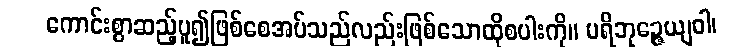
ကောင်းစွာဆည့်ပူ၍ဖြစ်စေအပ်သည်လည်းဖြစ်သောထိုစပါးကို။ ပရိဘုဉ္ဇေယျဝါ၊